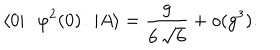
LaTeX: \langle 0 | : \! \varphi ^ { 2 } ( 0 ) \! : | A \rangle = \frac { g } { 6 \, \sqrt { 6 } } + o ( g ^ { 3 } ) .